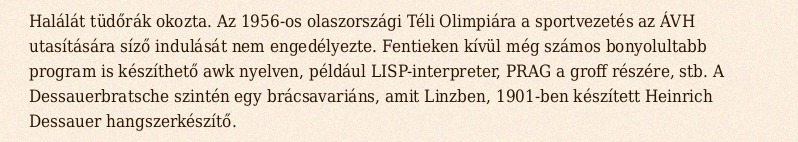
Halálát tüdőrák okozta. Az 1956-os olaszországi Téli Olimpiára a sportvezetés az ÁVH utasítására síző indulását nem engedélyezte. Fentieken kívül még számos bonyolultabb program is készíthető awk nyelven, például LISP-interpreter, PRAG a groff részére, stb. A Dessauerbratsche szintén egy brácsavariáns, amit Linzben, 1901-ben készített Heinrich Dessauer hangszerkészítő.